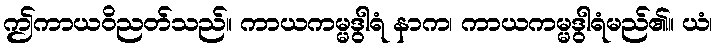
ဤကာယဝိညတ်သည်။ ကာယကမ္မဒွါရံ နာက၊ ကာယကမ္မဒွါရံမည်၏။ ယံ၊